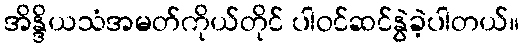
အိန္ဒိယသံအမတ်ကိုယ်တိုင် ပါဝင်ဆင်နွဲခဲ့ပါတယ်။